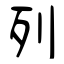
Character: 列